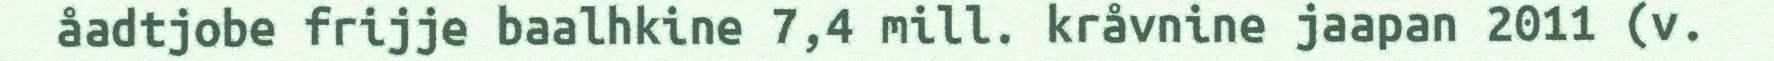
åadtjobe frijje baalhkine 7,4 mill. kråvnine jaapan 2011 (v.